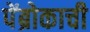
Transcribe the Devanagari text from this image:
पेंब्रोकाची